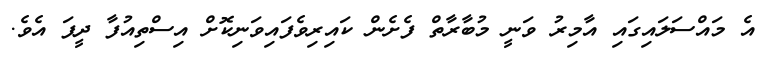
އެ މައްސަލައިގައި އާމިރު ވަނީ މުބާރާތް ފެށެން ކައިރިވެފައިވަނިކޮށް އިސްތިއުފާ ދީފަ އެވެ.